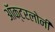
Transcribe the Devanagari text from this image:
ऑक्टरलोनी